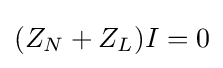
(Z_{N}+Z_{L})I=0